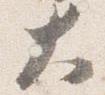
大